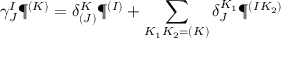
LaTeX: \gamma _ { J } ^ { I } \P ^ { ( K ) } = \delta _ { ( J ) } ^ { K } \P ^ { ( I ) } + \sum _ { K _ { 1 } K _ { 2 } = ( K ) } \delta _ { J } ^ { K _ { 1 } } \P ^ { ( I K _ { 2 } ) }